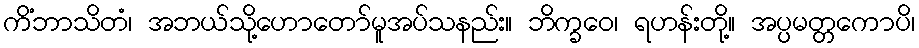
ကိံဘာသိတံ၊ အဘယ်သို့ဟောတော်မူအပ်သနည်း။ ဘိက္ခဝေ၊ ရဟန်းတို့။ အပ္ပမတ္တကောပိ၊